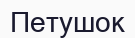
Петушок